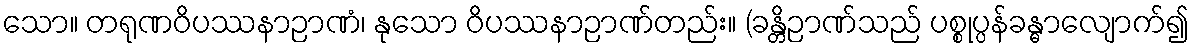
သော။ တရုဏဝိပဿနာဉာဏံ၊ နုသော ဝိပဿနာဉာဏ်တည်း။ (ခန္တိဉာဏ်သည် ပစ္စုပ္ပန်ခန္ဓာလျောက်၍